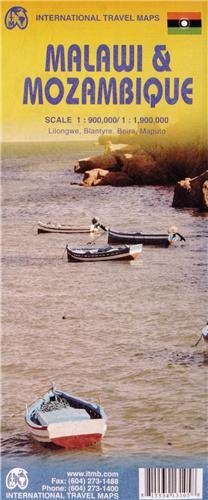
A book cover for Malawi& Mozambique1:900,000/1,900,000 (International Travel Maps); International Travel maps; Travel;